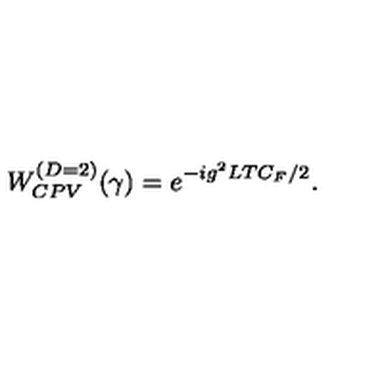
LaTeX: W _ { C P V } ^ { ( D = 2 ) } ( \gamma ) = e ^ { - i g ^ { 2 } L T C _ { F } / 2 } .